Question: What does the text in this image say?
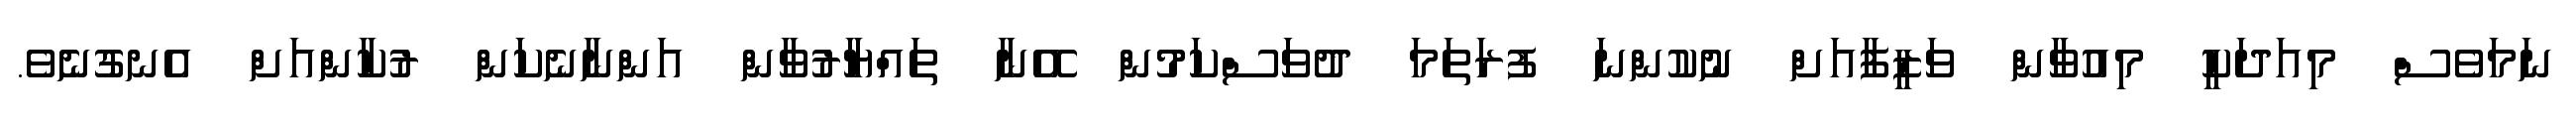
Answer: ނަމަވެސް މިއަދަކީ މިއުވާން ވަޒީފާއަށް ނުކުންނަ ފުރަތަމަ ދުވަސްކަމުން އޭނާ ތައްޔާރުވާން އަންނާނެކަން ރުކާންއަށް އެނގުނެވެ.